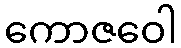
ကောဇဝေါ